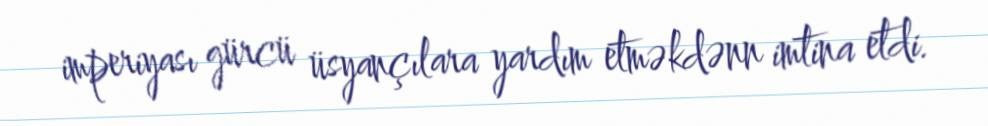
imperiyası gürcü üsyançılara yardım etməkdənn imtina etdi.